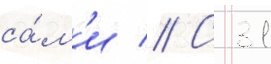
са́м'и // С 31